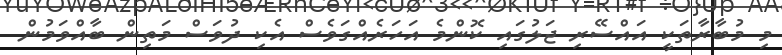
މި މުބާރާތަކީ އައްސޭރި ޖަލުގައި ކޮންމެ އަހަރެއްގަވެސް އެކި ދުވަސް މަތިން ބާއްވަމުން